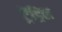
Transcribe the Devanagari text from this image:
ट्रेंड्रिल